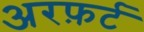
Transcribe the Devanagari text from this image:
अरफ़र्ट